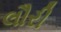
લૌરી